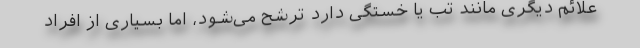
علائم دیگری مانند تب یا خستگی دارد ترشح می‌شود، اما بسیاری از افراد